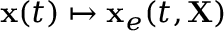
{ \bf x } ( t ) \mapsto { \bf x } _ { e } ( t , { \bf X } )